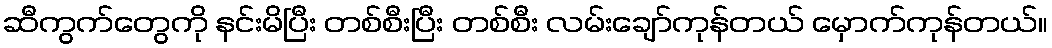
ဆီကွက်တွေကို နင်းမိပြီး တစ်စီးပြီး တစ်စီး လမ်းချော်ကုန်တယ် မှောက်ကုန်တယ်။